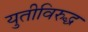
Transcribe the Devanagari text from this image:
युतीविरुद्ध